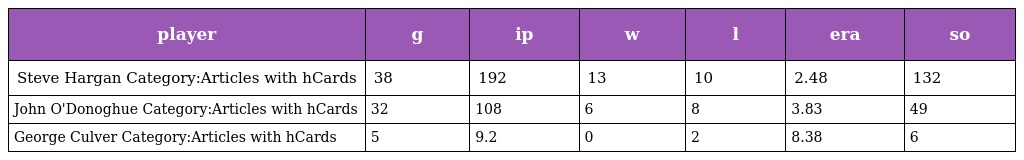
| player | g | ip | w | l | era | so |
 | --- | --- | --- | --- | --- | --- | --- |
 | Steve Hargan Category:Articles with hCards | 38 | 192 | 13 | 10 | 2.48 | 132 |
 | John O'Donoghue Category:Articles with hCards | 32 | 108 | 6 | 8 | 3.83 | 49 |
 | George Culver Category:Articles with hCards | 5 | 9.2 | 0 | 2 | 8.38 | 6 |